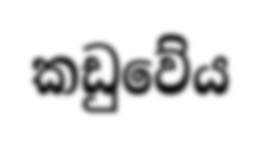
කඩුවේය